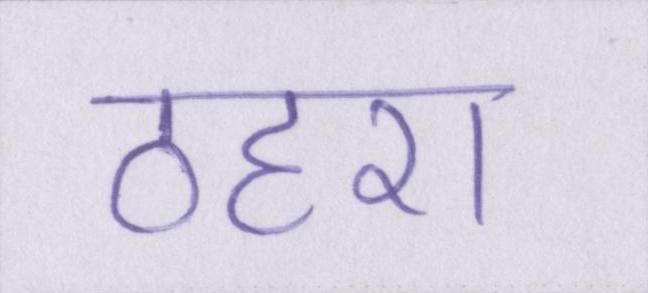
ठहरा